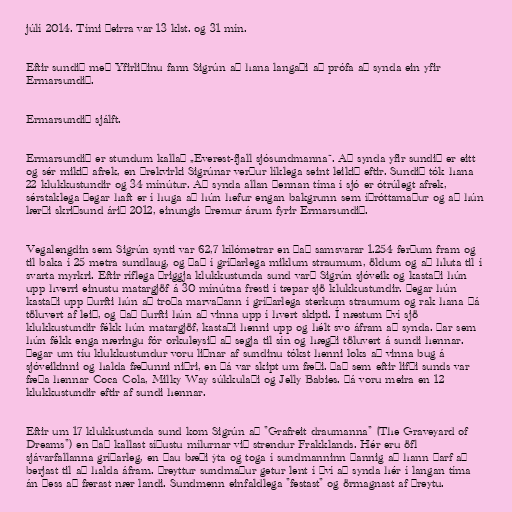
júlí 2014. Tími þeirra var 13 klst. og 31 mín.

Eftir sundið með Yfirliðinu fann Sigrún að hana langaði að prófa að synda ein yfir
Ermarsundið.

Ermarsundið sjálft.

Ermarsundið er stundum kallað „Everest-fjall sjósundmanna“. Að synda yfir sundið er eitt
og sér mikið afrek, en þrekvirki Sigrúnar verður líklega seint leikið eftir. Sundið tók hana
22 klukkustundir og 34 mínútur. Að synda allan þennan tíma í sjó er ótrúlegt afrek,
sérstaklega þegar haft er í huga að hún hefur engan bakgrunn sem íþróttamaður og að hún
lærði skriðsund árið 2012, einungis þremur árum fyrir Ermarsundið.

Vegalengdin sem Sigrún synti var 62,7 kílómetrar en það samsvarar 1.254 ferðum fram og
til baka í 25 metra sundlaug, og það í gríðarlega miklum straumum, öldum og að hluta til í
svarta myrkri. Eftir ríflega þriggja klukkustunda sund varð Sigrún sjóveik og kastaði hún
upp hverri einustu matargjöf á 30 mínútna fresti í tæpar sjö klukkustundir. Þegar hún
kastaði upp þurfti hún að troða marvaðann í gríðarlega sterkum straumum og rak hana þá
töluvert af leið, og það þurfti hún að vinna upp í hvert skipti. Í næstum því sjö
klukkustundir fékk hún matargjöf, kastaði henni upp og hélt svo áfram að synda. Þar sem
hún fékk enga næringu fór orkuleysið að segja til sín og hægði töluvert á sundi hennar.
Þegar um tíu klukkustundur voru liðnar af sundinu tókst henni loks að vinna bug á
sjóveikinni og halda fæðunni niðri, en þá var skipt um fæði. Það sem eftir lifði sunds var
fæða hennar Coca Cola, Milky Way súkkulaði og Jelly Babies. Þá voru meira en 12
klukkustundir eftir af sundi hennar.

Eftir um 17 klukkustunda sund kom Sigrún að "Grafreit draumanna" (The Graveyard of
Dreams") en það kallast síðustu mílurnar við strendur Frakklands. Hér eru öfl
sjávarfallanna gríðarleg, en þau bæði ýta og toga í sundmanninn þannig að hann þarf að
berjast til að halda áfram. Þreyttur sundmaður getur lent í því að synda hér í langan tíma
án þess að færast nær landi. Sundmenn einfaldlega "festast" og örmagnast af þreytu.